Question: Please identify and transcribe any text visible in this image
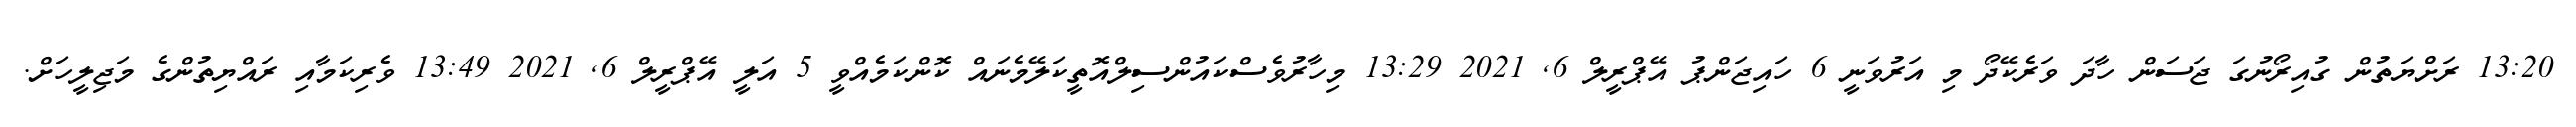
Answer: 13:20 ރަށްޔަތުން ގުއިރޯނުގަ ޖަސަން ހާދަ ވަރެކޭދޯ މި އަރުވަނީ 6 ހައިޖަންޕު އޭޕްރީލް 6, 2021 13:29 މިހާރުވެސްކައުންސިލްއޮތީކަލޭމެނައް ކޮންކަމެއްވީ 5 އަލީ އޭޕްރީލް 6, 2021 13:49 ވެރިކަމާއި ރައްޔިތުންގެ މަޖިލީހަށް.